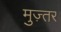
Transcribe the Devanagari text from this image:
मुज़्तर